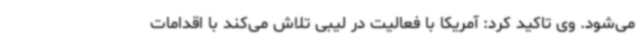
می‌شود. وی تاکید کرد: آمریکا با فعالیت در لیبی تلاش می‌کند با اقدامات